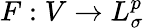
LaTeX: F:V\to L_{\sigma}^{p}